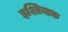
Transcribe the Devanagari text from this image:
इश्तियाक